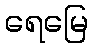
ရေမြေ